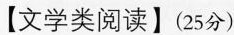
【文学类阅读】（25分）